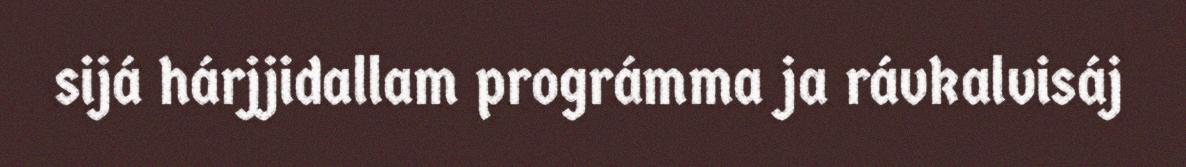
sijá hárjjidallam prográmma ja rávkalvisáj